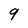
Character: 9